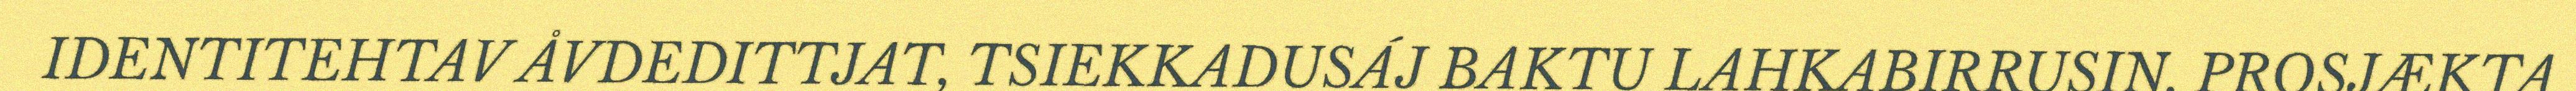
IDENTITEHTAV ÅVDEDITTJAT, TSIEKKADUSÁJ BAKTU LAHKABIRRUSIN. PROSJÆKTA